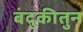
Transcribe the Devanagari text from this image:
बंदुकीतुन